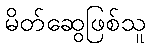
မိတ်ဆွေဖြစ်သူ